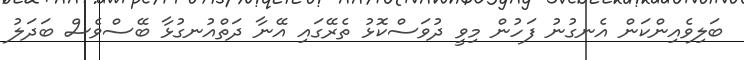
ބަލިވެއިންކަން އެނގުނު ފަހުން މިވީ ދުވަސްކޮޅު ތެރޭގައި އޭނާ ދަތްއުނގުޅާ ބޭސްވެސް ބަދަލު